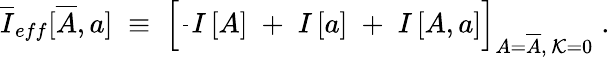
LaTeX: \overline{{{I}}}_{eff}[\overline{{{A}}},a]\; \equiv\; \left[\frac{}{}I\left[A\right]\; +\; I\left[a\right]\; +\; I\left[A,a\right]\right]_{A=\overline{{{A}}},\, {\cal K}=0}\; .